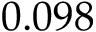
0 . 0 9 8